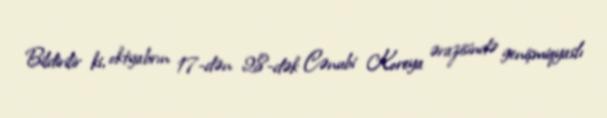
Bildirilir ki, oktyabrın 17-dən 28-dək Cənubi Koreya ərazisində genişmiqyaslı